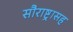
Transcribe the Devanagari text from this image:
सौराष्ट्रासह